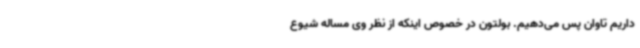
داریم تاوان پس می‌دهیم. بولتون در خصوص اینکه از نظر وی مساله شیوع